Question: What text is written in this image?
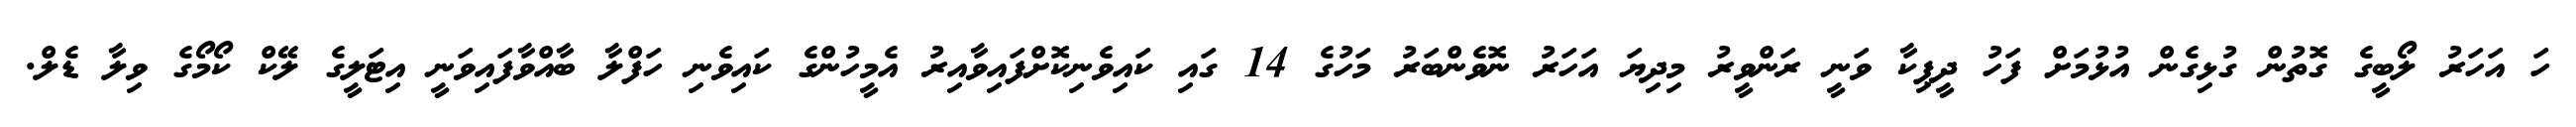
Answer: ހަ އަހަރު ލޯބީގެ ގޮތުން ގުޅިގެން އުޅުމަށް ފަހު ދީޕިކާ ވަނީ ރަންވީރު މިދިޔަ އަހަރު ނޮވެންބަރު މަހުގެ 14 ގައި ކައިވެނިކޮށްފައިވާއިރު އެމީހުންގެ ކައިވެނި ހަފްލާ ބާއްވާފައިވަނީ އިޓަލީގެ ލޭކް ކޯމޯގެ ވިލާ ޑެލް.